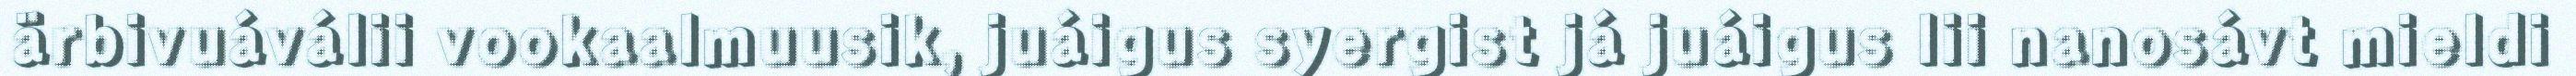
ärbivuáválii vookaalmuusik, juáigus syergist já juáigus lii nanosávt mieldi